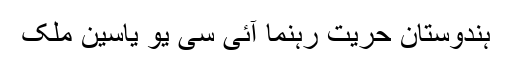
ہندوستان حریت رہنما آئی سی یو یاسین ملک